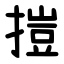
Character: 㨟